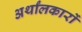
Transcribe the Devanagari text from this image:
अर्थांलकारों